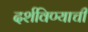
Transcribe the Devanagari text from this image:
दर्शविण्याची